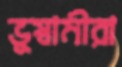
ভুস্বামীরা